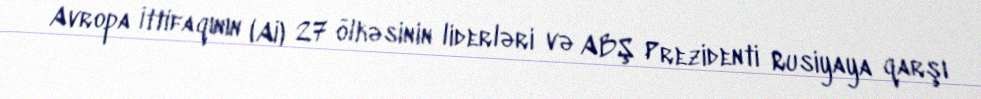
Avropa İttifaqının (Aİ) 27 ölkəsinin liderləri və ABŞ Prezidenti Rusiyaya qarşı